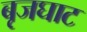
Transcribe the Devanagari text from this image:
बृजघाट